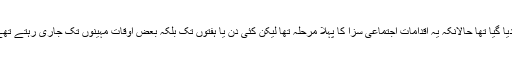
فوج نے سختی سے کرفیو نافذ کردیا تھا ، یعنی برقی اور آبی سربراہی کا سلسلہ منقطع کردیا گیا تھا حالانکہ یہ اقدامات اجتماعی سزا کا پہلا مرحلہ تھا لیکن کئی دن یا ہفتوں تک بلکہ بعض اوقات مہینوں تک جاری رہتے تھے جس کی وجہ سے بعض پناہ گزین کیمپوں میں فاقہ کشی کی صورتحال پیدا ہوجاتی تھی۔